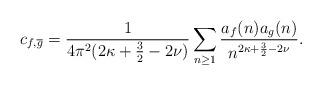
LaTeX: \begin{align*} c_{f,\overline{g}} = \frac{1}{4 \pi^2 (2\kappa + \frac{3}{2} - 2\nu)}\sum_{n \geq 1} \frac{a_f(n)a_g(n)}{n^{2\kappa + \frac{3}{2} - 2\nu}}. \end{align*}